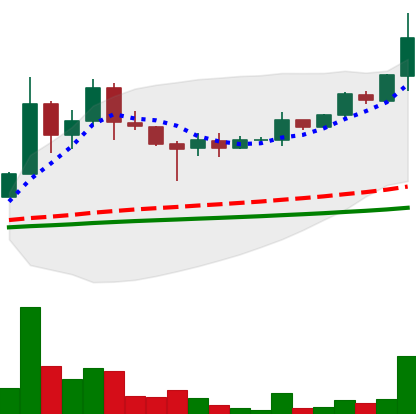
Ticker: DOGE-USD
Chart end date: 2021-05-04
Forward return: 5.308%
Label: up_5_7